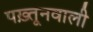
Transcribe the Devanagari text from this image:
पख़्तूनवाली